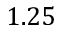
1 . 2 5